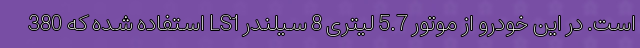
است. در این خودرو از موتور 5.7 لیتری 8 سیلندر LS1 استفاده شده که 380